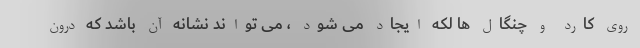
روی کارد و چنگال ها لکه ایجاد می شود ، می تواند نشانه آن باشد که درون